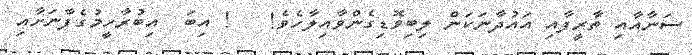
ސަނާއާއި ތާރީފާއި އައުދާނަކަން ލިބިވޮޑިގެންވާއިލާހެވެ!   ! އިބަ  އިބުރާހީމުގެފާނަށާއި